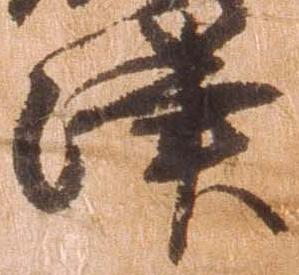
津